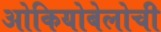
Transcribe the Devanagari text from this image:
ओकियोबेलोची